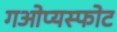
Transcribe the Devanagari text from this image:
गओप्यस्फोट